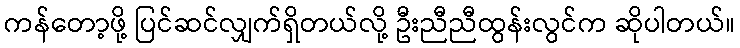
ကန်တော့ဖို့ ပြင်ဆင်လျှက်ရှိတယ်လို့ ဦးညီညီထွန်းလွင်က ဆိုပါတယ်။